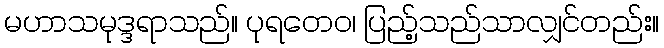
မဟာသမုဒ္ဒရာသည်။ ပုရတေဝ၊ ပြည့်သည်သာလျှင်တည်း။